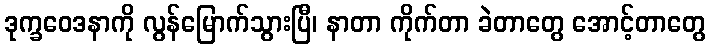
ဒုက္ခဝေဒနာကို လွန်မြောက်သွားပြီ၊ နာတာ ကိုက်တာ ခဲတာတွေ အောင့်တာတွေ